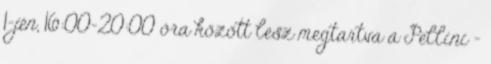
1-jén, 16:00-20:00 óra között lesz megtartva a Pellini –